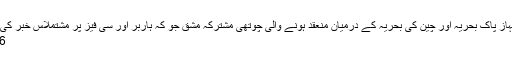
دورے پر آئے ہوئے چین کی بحریہ کے جہاز پاک بحریہ اور چین کی بحریہ کے درمیان منعقد ہونے والی چوتھی مشترکہ مشق جو کہ ہاربر اور سی فیز پر مشتملاس خبر کی تفصیل پڑھنے کیلئے یہاں پر کلک کیجئے
16/11/2016 - 21:24:44 :وقت اشاعت